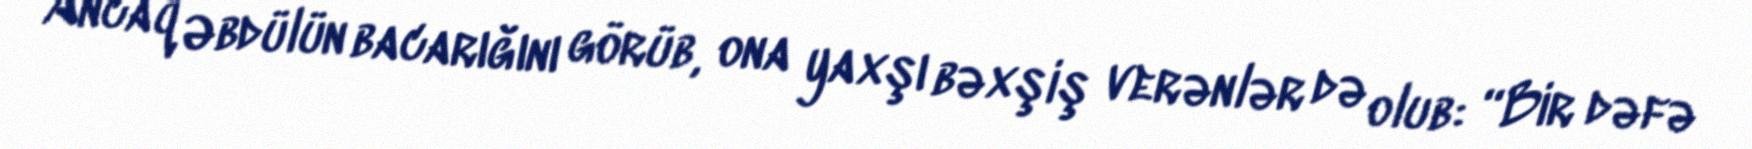
Ancaq Əbdülün bacarığını görüb, ona yaxşı bəxşiş verənlər də olub: “Bir dəfə